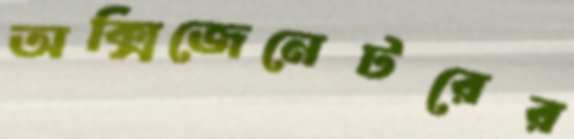
অক্সিজেনেটরের